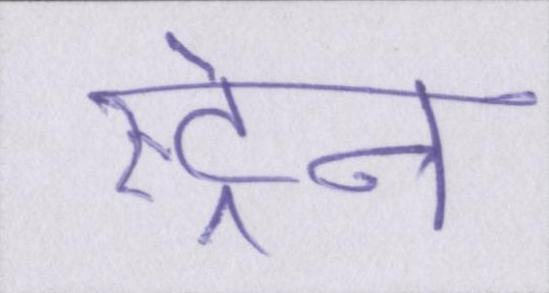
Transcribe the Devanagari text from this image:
स्ट्रेन